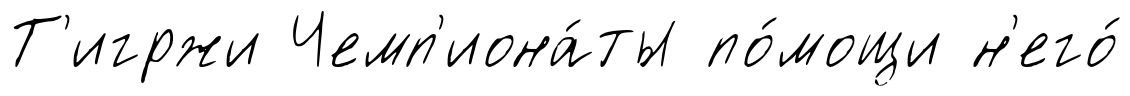
Т'игржи Чемп'иона́ты по́мощи н'его́